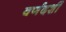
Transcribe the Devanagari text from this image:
वर्णदर्शी